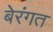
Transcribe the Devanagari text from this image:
बेरंगत